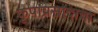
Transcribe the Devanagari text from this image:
कृपाप्रसादाचा